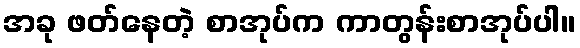
အခု ဖတ်နေတဲ့ စာအုပ်က ကာတွန်းစာအုပ်ပါ။